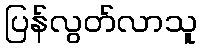
ပြန်လွတ်လာသူ